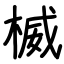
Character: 楲